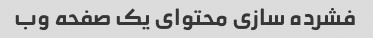
فشرده سازی محتوای یک صفحه وب